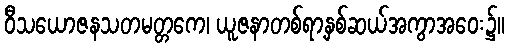
ဝီသယောဇနသတမတ္တကေ၊ ယူဇနာတစ်ရာ့နှစ်ဆယ်အကွာအဝေး၌။